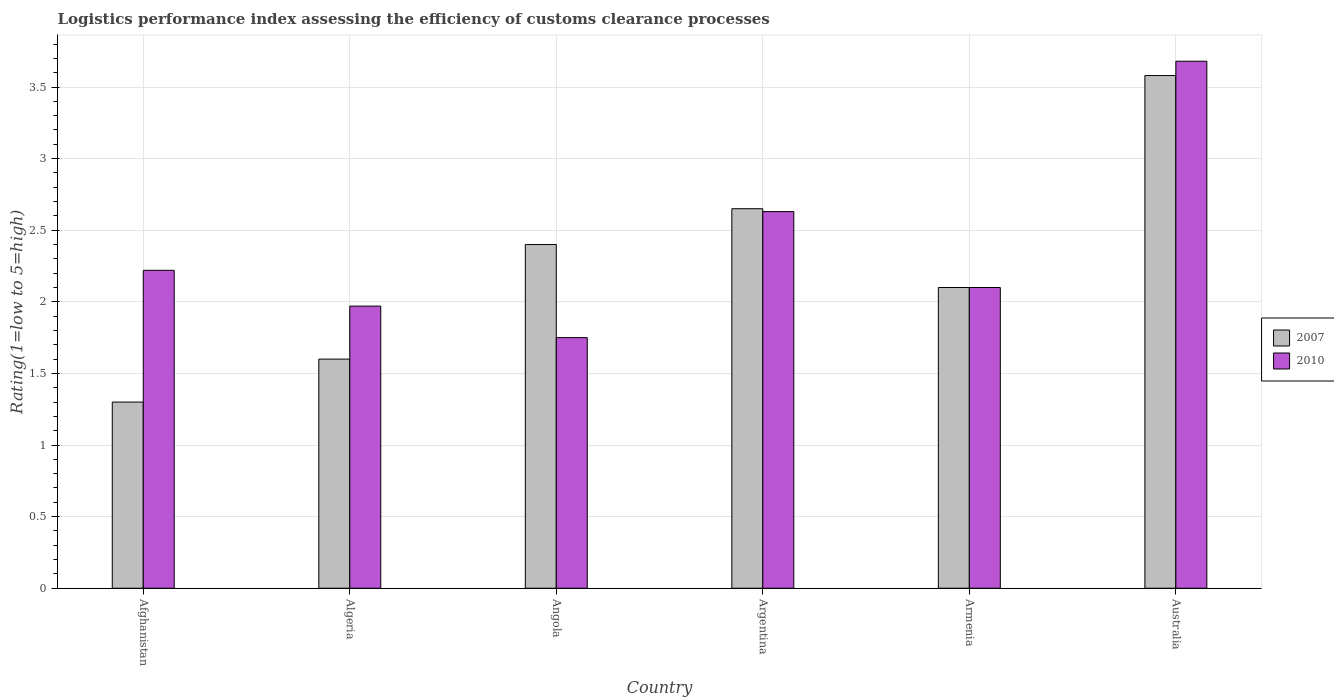
| Country | 2007 | 2010 |
 | --- | --- | --- |
 | Afghanistan | 1.3 | 2.22 |
 | Algeria | 1.6 | 1.97 |
 | Angola | 2.4 | 1.75 |
 | Argentina | 2.65 | 2.63 |
 | Armenia | 2.1 | 2.1 |
 | Australia | 3.58 | 3.68 |